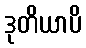
ဒုတိယာပိ